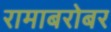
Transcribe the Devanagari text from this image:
रामाबरोबर